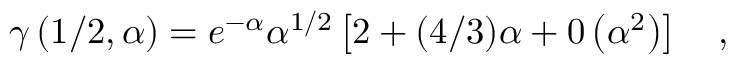
\gamma \left( 1 / 2 , \alpha \right) = e ^ { - \alpha } \alpha ^ { 1 / 2 } \left[ 2 + ( 4 / 3 ) \alpha + 0 \left( \alpha ^ { 2 } \right) \right] \quad ,